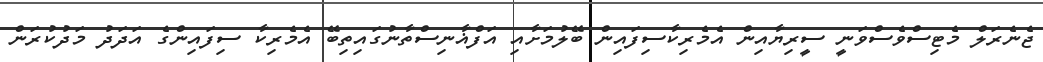
ޖެނެރަލް މެޓިސްވެސްވަނީ ސީރިޔާއިން އެމެރިކާސިފައިން ބޭލުމަށާއި އަފްޣާނިސްތާނުގައިތިބޭ އެމެރިކާ ސިފައިންގެ އަދަދު މަދުކުރަން